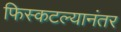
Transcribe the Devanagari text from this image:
फिस्कटल्यानंतर